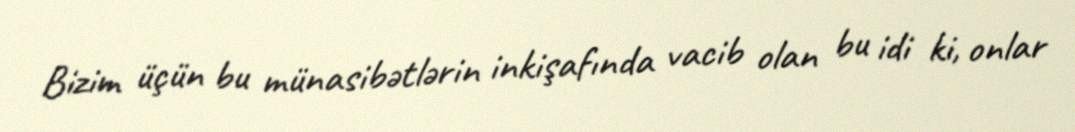
Bizim üçün bu münasibətlərin inkişafında vacib olan bu idi ki, onlar